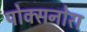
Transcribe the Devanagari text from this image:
पोक्सनोरा